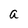
Character: a